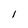
Character: l